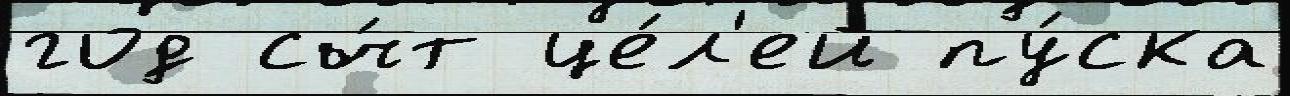
год сч́т це́л'ей пу́ска